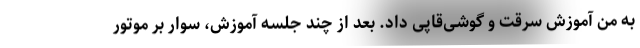
به من آموزش سرقت و گوشی‌قاپی داد. بعد از چند جلسه آموزش، سوار بر موتور